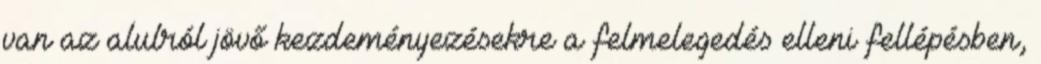
van az alulról jövő kezdeményezésekre a felmelegedés elleni fellépésben,